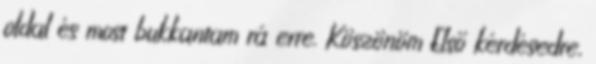
oldal és most bukkantam rá erre. Köszönöm Első kérdésedre,